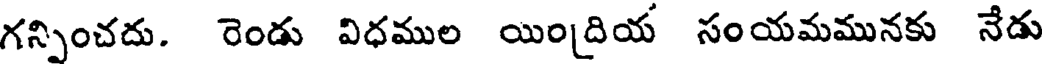
గన్నించదు. రెండు విధముల యిందియ సంయమమునకు నేడు